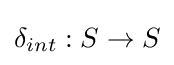
\delta _{int}:S\rightarrow S